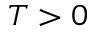
T > 0